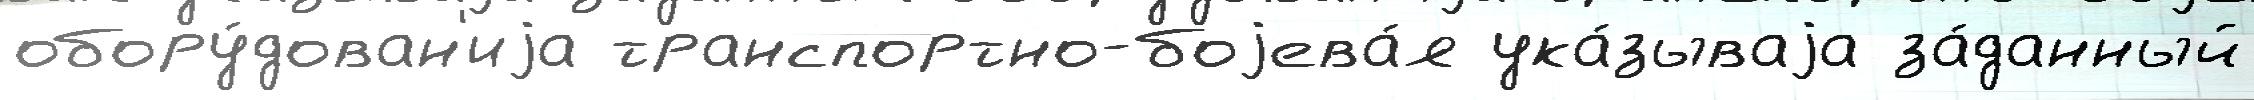
обору́дован'иjа транспортно-боjева́я ука́зываjа за́данный